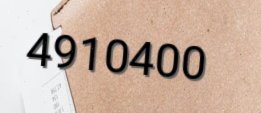
4910400